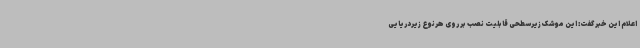
اعلام این خبر گفت: این موشک زیرسطحی قابلیت نصب بر روی هرنوع زیردریایی